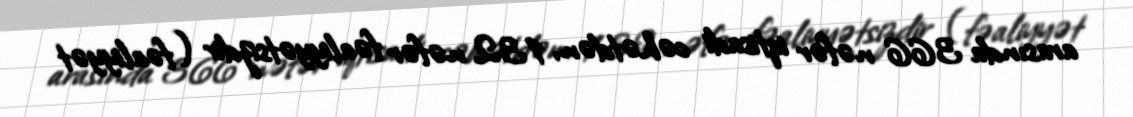
arasında 366 nəfər iqtisadi cəhətdən, 132 nəfər fəaliyyətsizdir (fəaliyyət